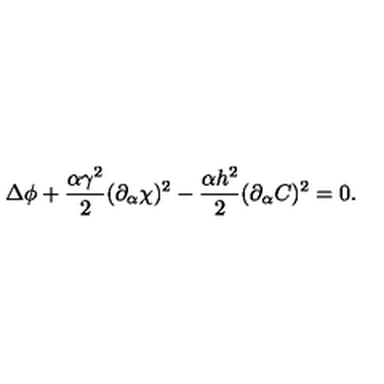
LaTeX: \Delta \phi + \frac { \alpha \gamma ^ { 2 } } { 2 } ( \partial _ { \alpha } \chi ) ^ { 2 } - \frac { \alpha h ^ { 2 } } { 2 } ( \partial _ { \alpha } C ) ^ { 2 } = 0 .